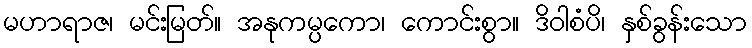
မဟာရာဇ၊ မင်းမြတ်။ အနုကမ္ပကော၊ ကောင်းစွာ။ ဒိဝါစံပိ၊ နှစ်ခွန်းသော